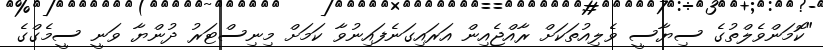
"ކޮމަންވެލްތުގެ ސިޔާސީ ވެލިއުތަކަށް ރާއްޖެއިން އަރައިގަނެފައިނުވާ ކަމަށް މިނިސްޓަރު ދުންޔާ ވަނީ ސީމެގްގެ